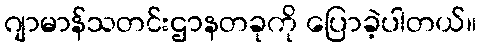
ဂျာမာန်သတင်းဌာနတခုကို ပြောခဲ့ပါတယ်။